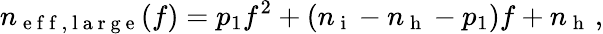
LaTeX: n_{\mathrm{~e~f~f~,~l~a~r~g~e~}}(f)=p_{1}f^{2}+(n_{\mathrm{~i~}}-n_{\mathrm{~h~}}-p_{1})f+n_{\mathrm{~h~}}\, ,